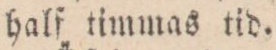
halſ timmas tid.